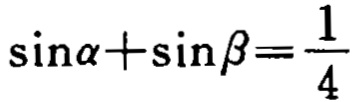
\(\sin\alpha+\sin\beta=\frac{1}{4}\)